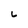
Character: L